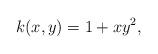
LaTeX: \begin{align*}k(x, y) = 1 + x y^2,\end{align*}